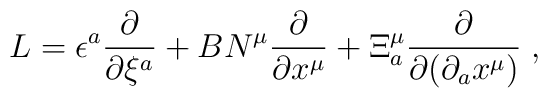
L=\epsilon^a\frac{\partial}{\partial\xi^a}+B N^\mu\frac{\partial}{\partial x^\mu}+\Xi^\mu_a\frac{\partial}{\partial (\partial_a x^\mu)}\;,